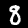
Digit: 8